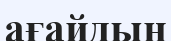
ағайдың